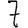
Digit: 7